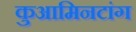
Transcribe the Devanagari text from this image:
कुआमिनटांग